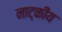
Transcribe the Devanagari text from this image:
नाट्कीय